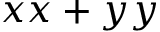
x x + y y